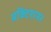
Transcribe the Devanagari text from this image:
प्रक्टिशनर